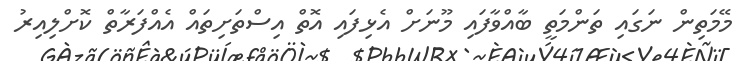
މޭމަތިން ނަގައި ތަންމަތީ ބާއްވާފައި މޫނަށް އެޅިފައި އޮތް އިސްތަށިތައް އެއްފަރާތް ކޮށްލިއިރު